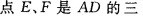
点E、F是AD的三